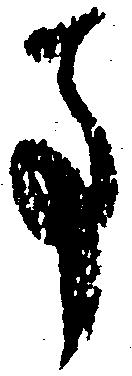
事